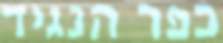
כפר הנגיד